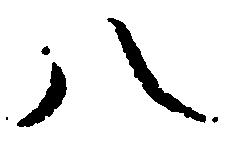
八